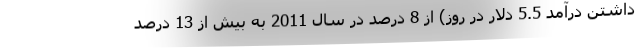
داشتن درآمد 5.5 دلار در روز) از 8 درصد در سال 2011 به بیش از 13 درصد